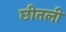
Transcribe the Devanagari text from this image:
छीतली